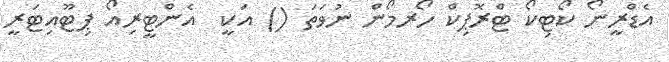
އެޑްރީނޯ ކޯޓިކޯ ޓްރޮޕިކް ހޯރމޯން ނުވަތަ () އަކީ  އެންޓީރިއޯ ޕިޓޫއިޓަރީ